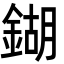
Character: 鍸